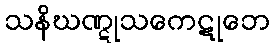
သနိဃဏ္ဋုသကေဋုဘေ